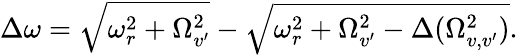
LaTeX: \Delta\omega=\sqrt{\omega_{r}^{2}+\Omega_{v^{\prime}}^{2}}-\sqrt{\omega_{r}^{2}+\Omega_{v^{\prime}}^{2}-\Delta(\Omega_{v,v^{\prime}}^{2})}.